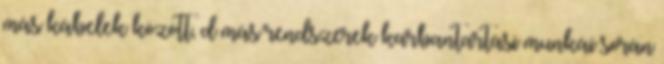
más kábelek között, d más rendszerek karbantartási munkái során